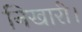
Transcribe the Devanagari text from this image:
निखारी।